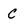
Character: c